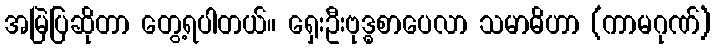
အမြဲပြဆိုတာ တွေ့ရပါတယ်။ ရှေးဦးဗုဒ္ဓစာပေလာ သမာဓိဟာ (ကာမဂုဏ်)